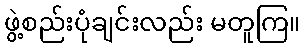
ဖွဲ့စည်းပုံချင်းလည်း မတူကြ။